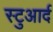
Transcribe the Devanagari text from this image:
स्टुआर्द